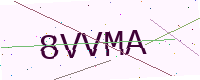
Text: 8VVMA